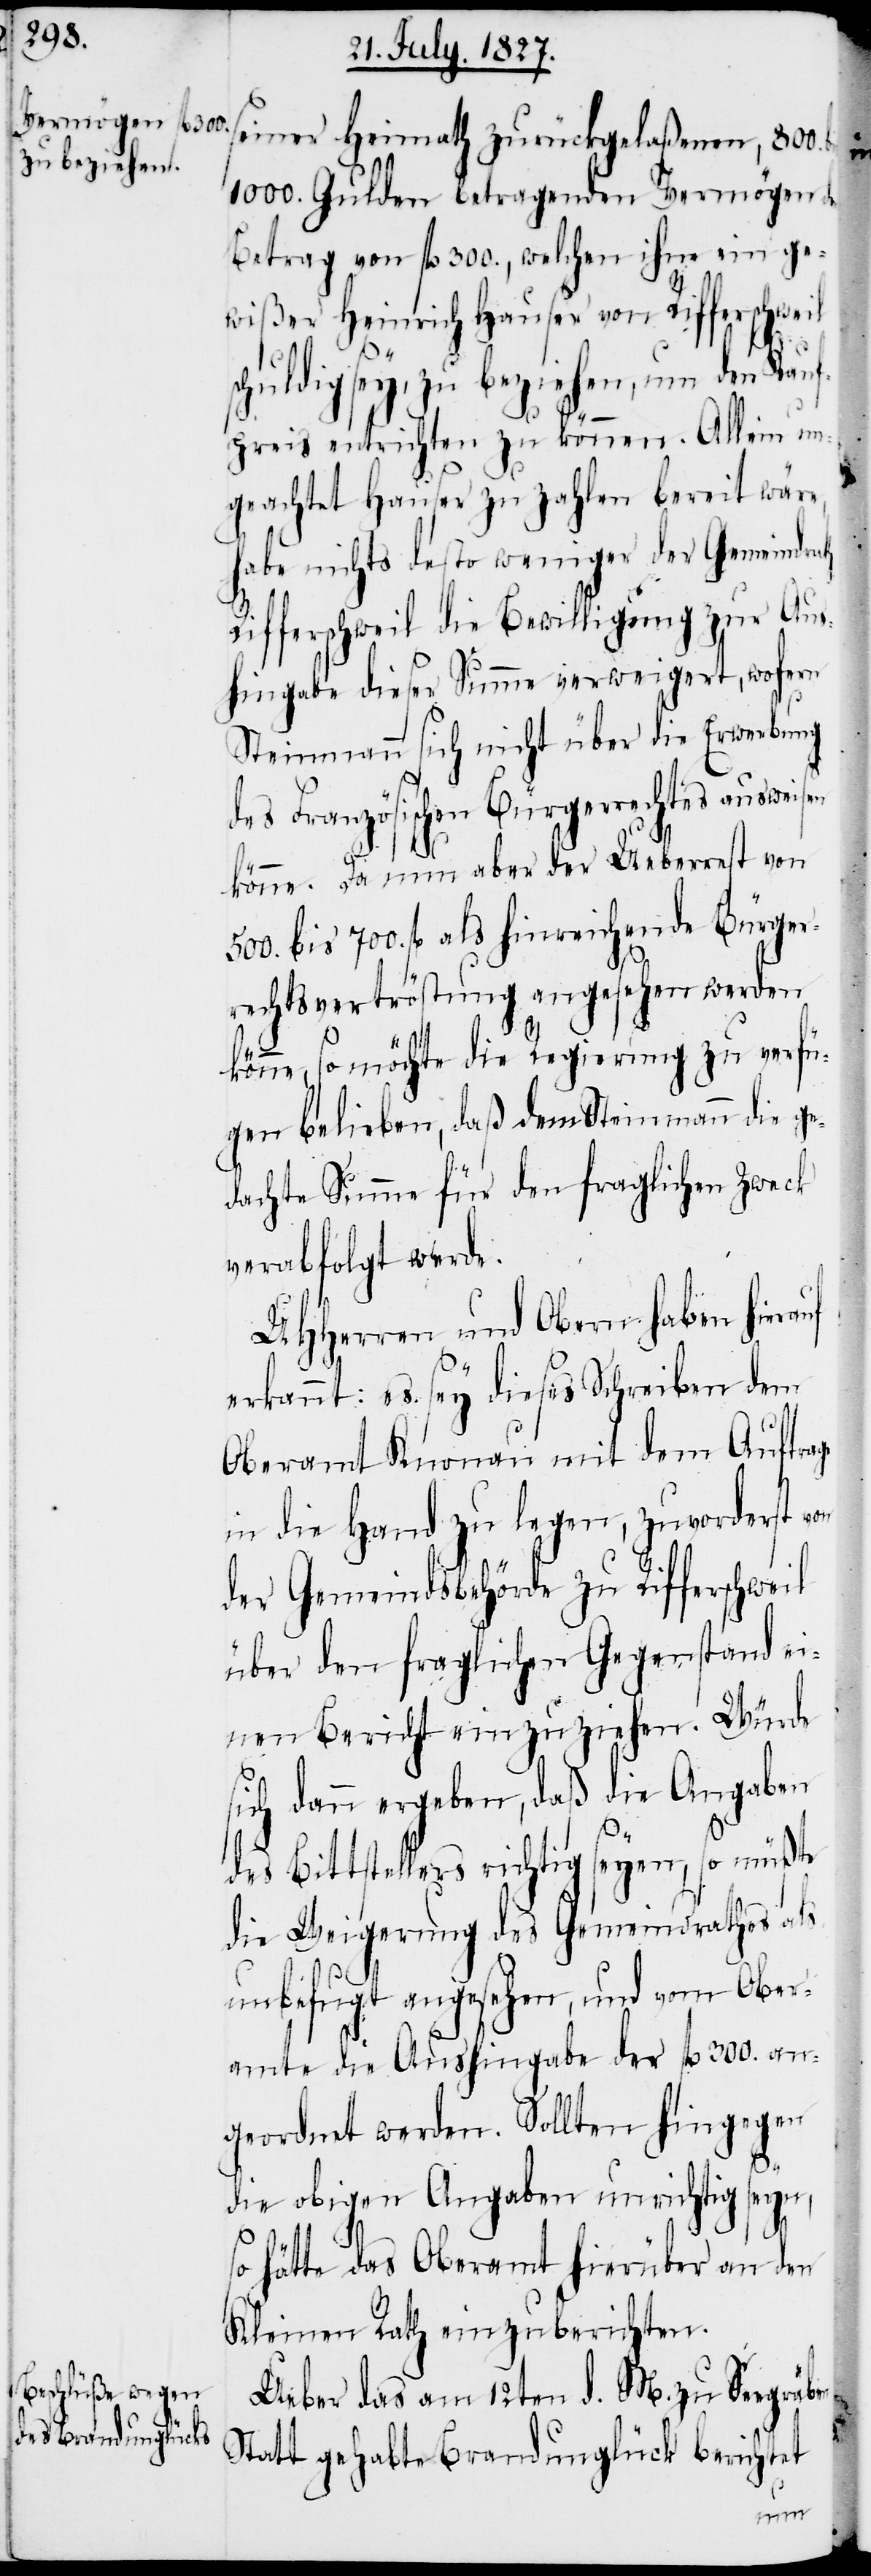
seiner Heimath zurückgelaßenen, 800.
1000. Gulden betragenden Vermögen
Betrag von fl. 300., welchen ihm ein ge¬
wißer Heinrich Hauser von Rifferschweil
schuldig sey, zu beziehen, um den Kauf¬
preis entrichten zu können. Allein un¬
geachtet Hauser zu zahlen bereit wäre,
habe nichts desto weniger der Gemeindrath
Rifferschweil die Bewilligung zur Aus¬
hingabe dieser Summe verweigert, wofern
Steinmann sich nicht über die Erwerbung
des Französischen Bürgerrechtes ausweisen
könne. Da nun aber der Ueberrest von
700. fl. als hinreichende Bürger¬
rechtsvertröstung angesehen werden
könne, so möchte die Regierung zu verfü¬
gen belieben, daß dem Steinmann die ge¬
dachte Summe für den fraglichen Zweck
verabfolgt werde.
UHHerren und Obern haben hierauf
erkannt: es sey dieses Schreiben dem
Oberamt Knonau mit dem Auftrage
in die Hand zu legen, zuvorderst
der Gemeindsbehörde zu Rifferschweil
über den fraglichen Gegenstand ei¬
nen Bericht einzuziehen. Würde
sich dann ergeben, daß die Angaben
des Bittstellers richtig seyen, so müßte
die Weigerung des Gemeindrathes als
unbefugt angesehen, und vom Ober¬
amte die Aushingabe der fl. 300. an¬
geordnet werden. Sollten hingegen
die obigen Angaben unrichtig seyn,
so hätte das Oberamt hierüber an den
Kleinen Rath einzuberichten.
Ueber das am 12ten d. M. zu Seegräben
Statt gehabte Brandunglück berichtet